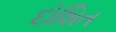
દોશિત